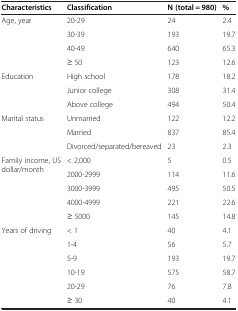
<table><thead><tr><td><b>Characteristics</b></td><td><b>Classification</b></td><td><b>N (total = 980)</b></td><td><b>%</b></td></tr></thead><tbody><tr><td>Age, year</td><td>20-29</td><td>24</td><td>2.4</td></tr><tr><td></td><td>30-39</td><td>193</td><td>19.7</td></tr><tr><td></td><td>40-49</td><td>640</td><td>65.3</td></tr><tr><td></td><td>≥ 50</td><td>123</td><td>12.6</td></tr><tr><td>Education</td><td>High school</td><td>178</td><td>18.2</td></tr><tr><td></td><td>Junior college</td><td>308</td><td>31.4</td></tr><tr><td></td><td>Above college</td><td>494</td><td>50.4</td></tr><tr><td>Marital status</td><td>Unmarried</td><td>122</td><td>12.2</td></tr><tr><td></td><td>Married</td><td>837</td><td>85.4</td></tr><tr><td></td><td>Divorced/separated/bereaved</td><td>23</td><td>2.3</td></tr><tr><td rowspan="2">Family income, US dollar/month</td><td>&lt; 2,000</td><td>5</td><td>0.5</td></tr><tr><td>2000-2999</td><td>114</td><td>11.6</td></tr><tr><td></td><td>3000-3999</td><td>495</td><td>50.5</td></tr><tr><td></td><td>4000-4999</td><td>221</td><td>22.6</td></tr><tr><td></td><td>≥ 5000</td><td>145</td><td>14.8</td></tr><tr><td>Years of driving</td><td>&lt; 1</td><td>40</td><td>4.1</td></tr><tr><td></td><td>1-4</td><td>56</td><td>5.7</td></tr><tr><td></td><td>5-9</td><td>193</td><td>19.7</td></tr><tr><td></td><td>10-19</td><td>575</td><td>58.7</td></tr><tr><td></td><td>20-29</td><td>76</td><td>7.8</td></tr><tr><td></td><td>≥ 30</td><td>40</td><td>4.1</td></tr></tbody></table>